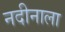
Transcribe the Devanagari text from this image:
नदीनाला